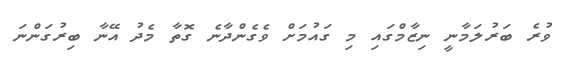
ވުރެ ބަރުލަމާނީ ނިޒާމްގައި މި ގައުމަށް ވެގެންދާނެ ގޮތާ މެދު އޭނާ ބިރުގަންނަ